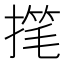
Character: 𫽳